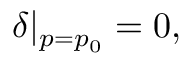
\delta | _ { p = p _ { 0 } } = 0 ,